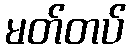
မတ်တပ်